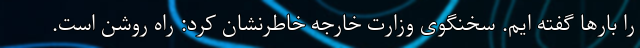
را بارها گفته ایم. سخنگوی وزارت خارجه خاطرنشان کرد: راه روشن است.